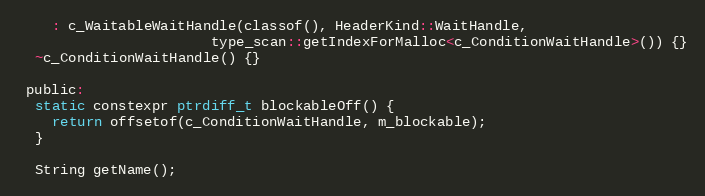
Language: C
    : c_WaitableWaitHandle(classof(), HeaderKind::WaitHandle,
                       type_scan::getIndexForMalloc<c_ConditionWaitHandle>()) {}
  ~c_ConditionWaitHandle() {}

 public:
  static constexpr ptrdiff_t blockableOff() {
    return offsetof(c_ConditionWaitHandle, m_blockable);
  }

  String getName();